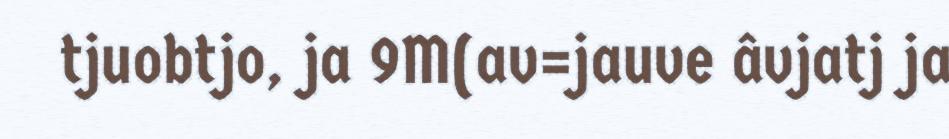
tjuobtjo, ja 9M(av=jauve âvjatj ja